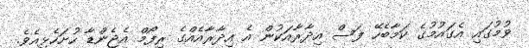
ވުމުގައި އެގައުމުގެ ކަމާބެހޭ ފަސް އިދާރާއަކުން އެ އިދާރާއެއްގެ ރިފޯމް އެޖެންޑާ ހުށަހެޅިއެވެ.